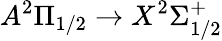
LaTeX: A^{2}\Pi_{1/2}\rightarrow X^{2}\Sigma_{1/2}^{+}